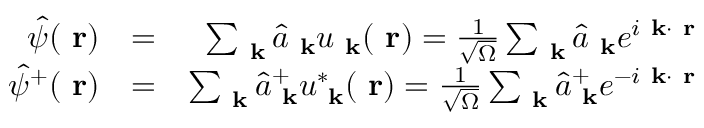
\begin{array} { r l r } { \hat { \psi } ( \mathrm { \bf ~ r } ) } & { = } & { \sum _ { \mathrm { \bf ~ k } } \hat { a } _ { \mathrm { \bf ~ k } } u _ { \mathrm { \bf ~ k } } ( \mathrm { \bf ~ r } ) = \frac { 1 } { \sqrt { \Omega } } \sum _ { \mathrm { \bf ~ k } } \hat { a } _ { \mathrm { \bf ~ k } } e ^ { i \mathrm { \bf ~ k } \cdot \mathrm { \bf ~ r } } } \\ { \hat { \psi } ^ { + } ( \mathrm { \bf ~ r } ) } & { = } & { \sum _ { \mathrm { \bf ~ k } } \hat { a } _ { \mathrm { \bf ~ k } } ^ { + } u _ { \mathrm { \bf ~ k } } ^ { * } ( \mathrm { \bf ~ r } ) = \frac { 1 } { \sqrt { \Omega } } \sum _ { \mathrm { \bf ~ k } } \hat { a } _ { \mathrm { \bf ~ k } } ^ { + } e ^ { - i \mathrm { \bf ~ k } \cdot \mathrm { \bf ~ r } } } \end{array}